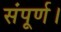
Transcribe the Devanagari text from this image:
संपूर्ण।